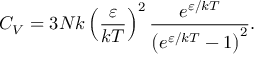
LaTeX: C _ { V } = 3 N k \left( { \frac { \varepsilon } { k T } } \right) ^ { 2 } { \frac { e ^ { \varepsilon / k T } } { \left( e ^ { \varepsilon / k T } - 1 \right) ^ { 2 } } } .